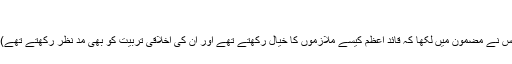
”
قائد اعظم کی گاڑی چلانے والا ان کے گھر میں رہنے والا یہ تنو مند انسان (جس نے مضمون میں لکھا کہ قائد اعظم کیسے ملازموں کا خیال رکھتے تھے اور ان کی اخلاقی تربیت کو بھی مدِ نظر رکھتے تھے)کسی اور ملک میں ہو تا تو اس کی قدر ہو تی وہ یوں ایک پان کو نہ ترستا رہتا ۔